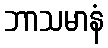
ဘာသမာနံ